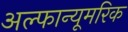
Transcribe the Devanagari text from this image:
अल्फान्यूमरिक